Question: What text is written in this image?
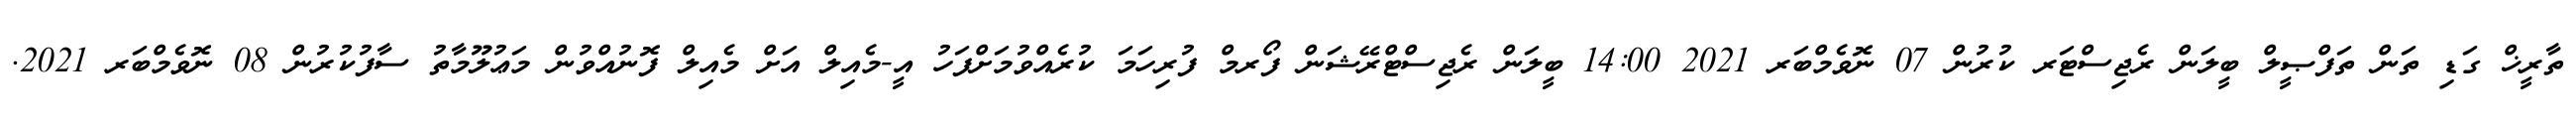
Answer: ތާރީޚް ގަޑި ތަން ތަފްޞީލް ބީލަން ރެޖިސްޓަރ ކުރުން 07 ނޮވެމްބަރ 2021 14:00 ބީލަން ރެޖިސްޓްރޭޝަން ފޯރމް ފުރިހަމަ ކުރެއްވުމަށްފަހު އީ-މެއިލް އަށް މެއިލް ފޮނުއްވުން މަޢުލޫމާތު ސާފުކުރުން 08 ނޮވެމްބަރ 2021.